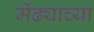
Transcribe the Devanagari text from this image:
मेंढ्याच्या